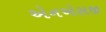
એનએસજી